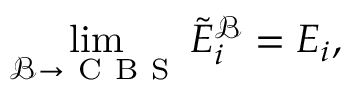
\operatorname* { l i m } _ { \mathcal { B } \rightarrow \mathrm { ~ C ~ B ~ S ~ } } \tilde { E } _ { i } ^ { \mathcal { B } } = E _ { i } ,